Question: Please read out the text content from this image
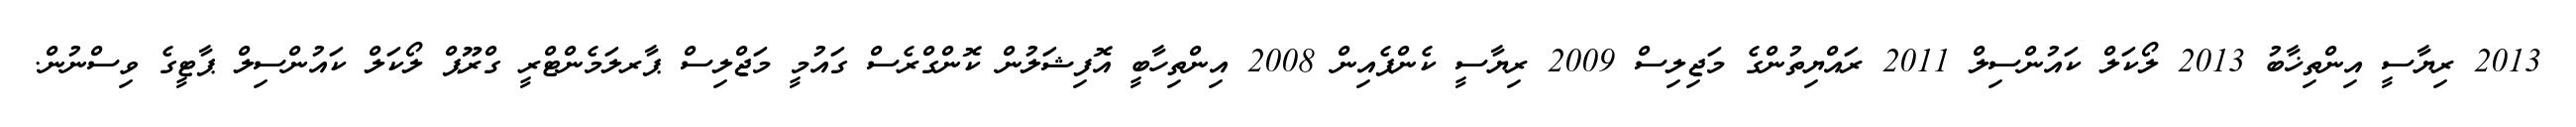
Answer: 2013 ރިޔާސީ އިންތިޚާބު 2013 ލޯކަލް ކައުންސިލް 2011 ރައްޔިތުންގެ މަޖިލިސް 2009 ރިޔާސީ ކެންޕެއިން 2008 އިންތިހާބީ އޮފިޝަލުން ކޮންގްރެސް ގައުމީ މަޖްލިސް ޕާރލަމެންޓްރީ ގްރޫޕް ލޯކަލް ކައުންސިލް ޕާޓީގެ ވިސްނުން.